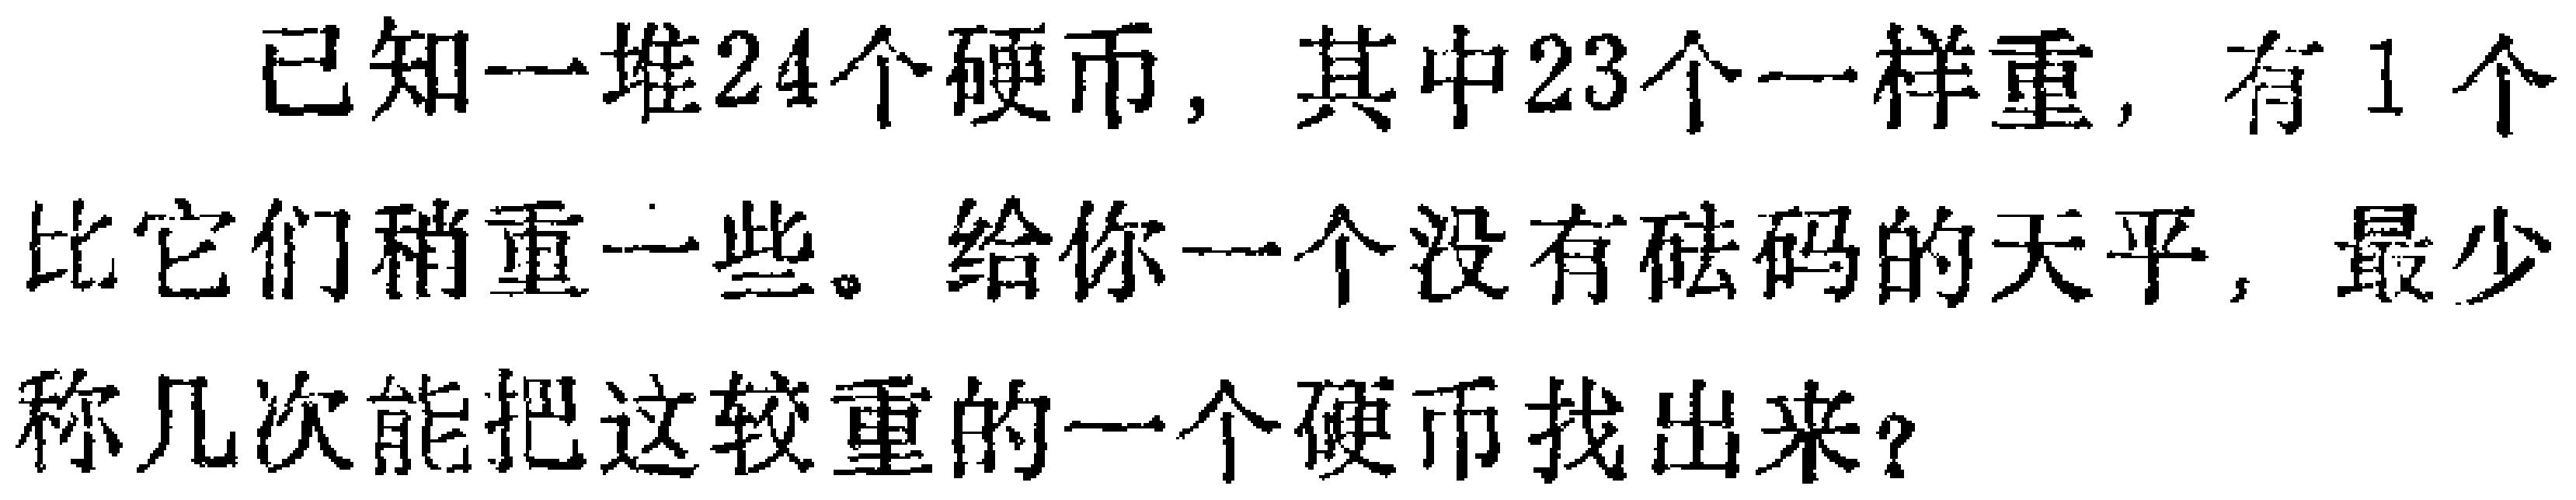
已知一堆24个硬币，其中23个一样重，有1个比它们稍重一些。给你一个没有砝码的天平，最少称几次能把这较重的一个硬币找出来？